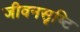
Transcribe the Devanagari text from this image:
जीवनसृष्टि